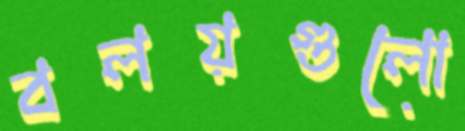
বলয়গুলো